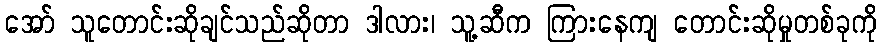
အော် သူတောင်းဆိုချင်သည်ဆိုတာ ဒါလား၊ သူ့ဆီက ကြားနေကျ တောင်းဆိုမှုတစ်ခုကို